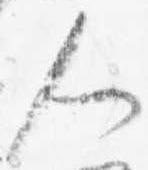
人